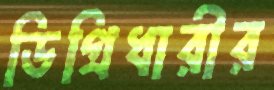
ডিগ্রিধারীর